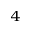
^ 4